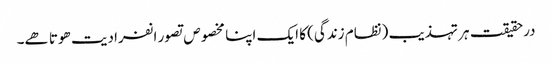
درحقیقت ہر تہذیب (نظام زندگی) کا ایک اپنا مخصوص تصور انفرادیت ھوتا ھے۔